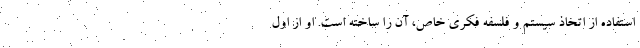
استفاده از اتخاذ سیستم و فلسفه فکری خاص، آن را ساخته است. او از اول